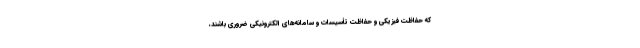
که حفاظت فیزیکی و حفاظت تأسیسات و سامانه‌های الکترونیکی ضروری باشند،